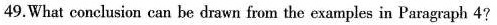
49.What conclusion can be drawn from the examples in I'aragraph 4?